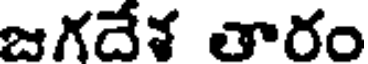
జగదేశ తారం